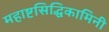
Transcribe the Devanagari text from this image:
महाष्टसिद्धिकामिनी